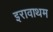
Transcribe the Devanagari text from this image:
इरावाथम